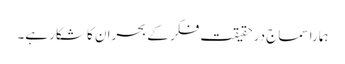
ہمارا سماج درحقیقت فکر کے بحران کا شکار ہے۔